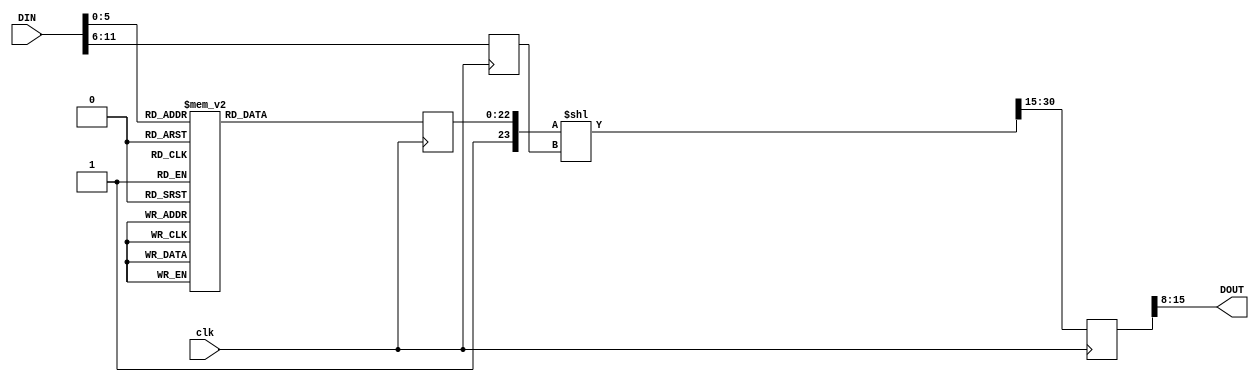
module math_pow2 #(

  // parameters

  parameter DOUT_WIDTH = 8,

  // bit width parameters

  localparam DW = DOUT_WIDTH-1

) (

  input       [11:0]       DIN,
  input                    clk,
  output      [DW:0]       DOUT

);

  // Comprises 2 main blocks: barrel shifter & LUT

  reg         [ 5:0]       barrelshfcnt;
  (*dont_touch="true"*)reg         [22:0]       LUTout;
  (*dont_touch="true"*)reg         [71:0]       DOUT1;
  (*dont_touch="true"*)wire        [86:0]       tmp1 = ({1'b1, LUTout}  <<  barrelshfcnt);

  always @(posedge clk) begin
    barrelshfcnt <= DIN[11:6];
    DOUT1 <= tmp1[86:15];
  end

  assign  DOUT = DOUT1[8+DW:8];

  //LUT for one octave of antilog lookup
  // The equation is: output = (2^(input/64)-1) * 2^23
  // For larger tables, better to generate a separate data file using a program!

  always @(posedge clk)
    case (DIN[5:0])
      0 :  LUTout <= 0;
      1 :  LUTout <= 91346;
      2 :  LUTout <= 183687;
      3 :  LUTout <= 277033;
      4 :  LUTout <= 371395;
      5 :  LUTout <= 466786;
      6 :  LUTout <= 563215;
      7 :  LUTout <= 660693;
      8 :  LUTout <= 759234;
      9 :  LUTout <= 858847;
      10:  LUTout <= 959546;
      11:  LUTout <= 1061340;
      12:  LUTout <= 1164243;
      13:  LUTout <= 1268267;
      14:  LUTout <= 1373424;
      15:  LUTout <= 1479725;
      16:  LUTout <= 1587184;
      17:  LUTout <= 1695814;
      18:  LUTout <= 1805626;
      19:  LUTout <= 1916634;
      20:  LUTout <= 2028850;
      21:  LUTout <= 2142289;
      22:  LUTout <= 2256963;
      23:  LUTout <= 2372886;
      24:  LUTout <= 2490071;
      25:  LUTout <= 2608532;
      26:  LUTout <= 2728283;
      27:  LUTout <= 2849338;
      28:  LUTout <= 2971711;
      29:  LUTout <= 3095417;
      30:  LUTout <= 3220470;
      31:  LUTout <= 3346884;
      32:  LUTout <= 3474675;
      33:  LUTout <= 3603858;
      34:  LUTout <= 3734447;
      35:  LUTout <= 3866459;
      36:  LUTout <= 3999908;
      37:  LUTout <= 4134810;
      38:  LUTout <= 4271181;
      39:  LUTout <= 4409037;
      40:  LUTout <= 4548394;
      41:  LUTout <= 4689269;
      42:  LUTout <= 4831678;
      43:  LUTout <= 4975637;
      44:  LUTout <= 5121164;
      45:  LUTout <= 5268276;
      46:  LUTout <= 5416990;
      47:  LUTout <= 5567323;
      48:  LUTout <= 5719293;
      49:  LUTout <= 5872918;
      50:  LUTout <= 6028216;
      51:  LUTout <= 6185205;
      52:  LUTout <= 6343903;
      53:  LUTout <= 6504329;
      54:  LUTout <= 6666503;
      55:  LUTout <= 6830442;
      56:  LUTout <= 6996167;
      57:  LUTout <= 7163696;
      58:  LUTout <= 7333050;
      59:  LUTout <= 7504247;
      60:  LUTout <= 7677309;
      61:  LUTout <= 7852255;
      62:  LUTout <= 8029107;
      63:  LUTout <= 8207884;
    endcase

endmodule